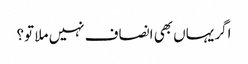
اگر یہاں بھی انصاف نہیں ملا تو؟